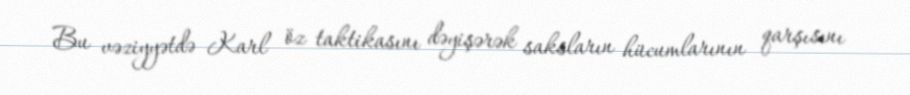
Bu vəziyyətdə Karl öz taktikasını dəyişərək saksların hücumlarının qarşısını